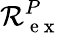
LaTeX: \mathcal R_{\mathrm{~e~x~}}^{P}